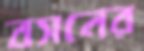
বসনের